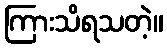
ကြားသိရသတဲ့။